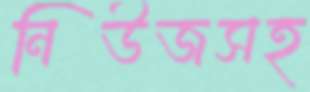
নিউজসহ